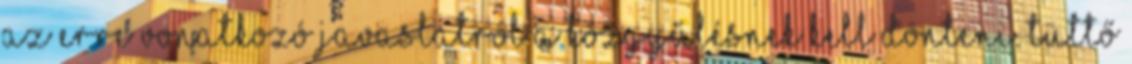
az erre vonatkozó javaslatról a közgyűlésnek kell dönteni. Tüttő